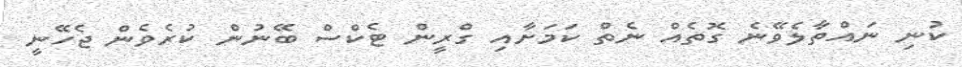
ކުނި ނައްތާލެވޭނެ ގޮތެއް ނެތް ކަމަށާއި ގްރީން ޓެކްސް ބޭނުން ކުރެވެން ޖެހޭނީ